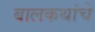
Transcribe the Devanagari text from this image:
बालकथांचे